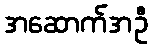
အဆောက်အဦ